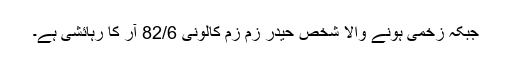
جبکہ زخمی ہونے والا شخص حیدر زم زم کالونی 82/6 آر کا رہائشی ہے۔